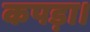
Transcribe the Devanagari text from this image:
कपड़ा।